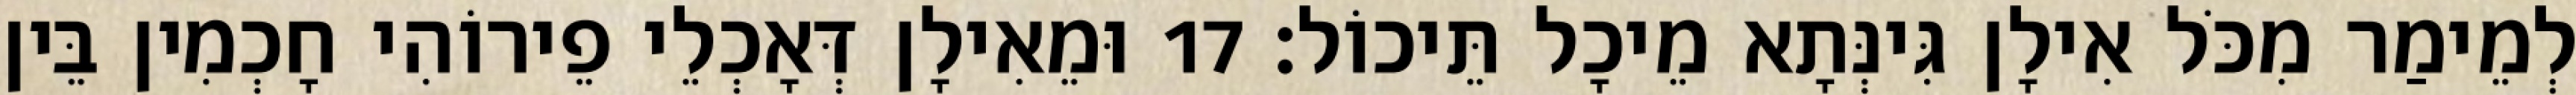
לְמֵימַר מִכֹּל אִילָן גִּינְּתָא מֵיכָל תֵּיכוֹל׃ 17 וּמֵאִילָן דְּאָכְלֵי פֵירוֹהִי חָכְמִין בֵּין